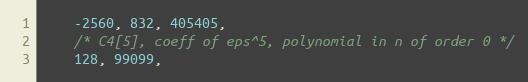
Language: C
    -2560, 832, 405405,
    /* C4[5], coeff of eps^5, polynomial in n of order 0 */
    128, 99099,